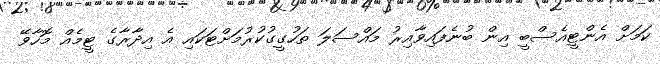
ކަމަށް އެންޓީއެސްބީ އިން ބުނެފައިވާއިރު މައްސަލަ ތަހުގީގުކުރުމަށްޓަކައި އެ އިދާރާގެ ޓީމެއް މޮހާވޭ